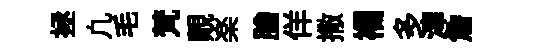
拯凢毛梵覿楽膾佯撒襴多滓詹